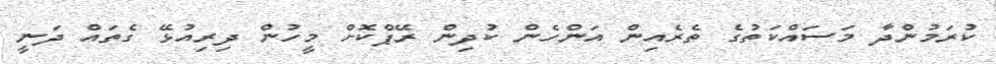
ކުރަމުންދާ މަސައްކަތުގެ ތެރެއިން އަންހެން ކުދިން ރޭޕްކޮށް މީހުން ދިރިއުޅޭ ގެތައް ދަނީ